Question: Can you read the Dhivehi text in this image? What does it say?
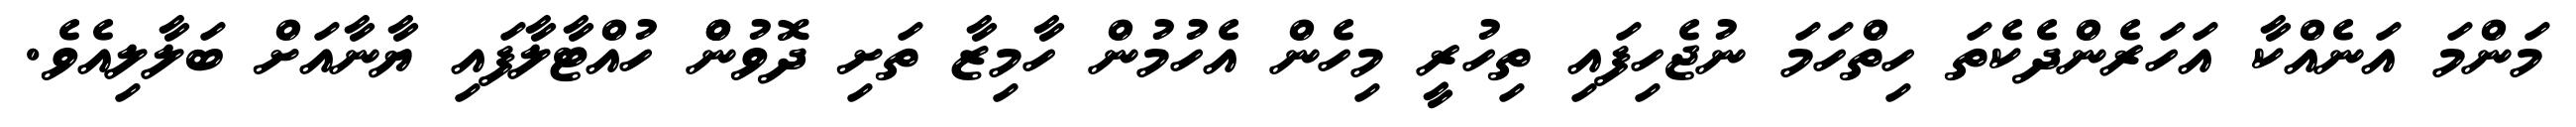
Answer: މަންމަ އަނެއްކާ އަހަރެންދެކެތަ ހިތްހަމަ ނުޖެހިފައި ތިހުރީ މިހެން އެހުމުން ހާމިޒާ ތަށި ދޮވުންް ހުއްޓާލާފައި ޔާނާއަށް ބަލާލިއެވެ.